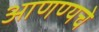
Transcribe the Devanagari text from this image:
आणण्यचे